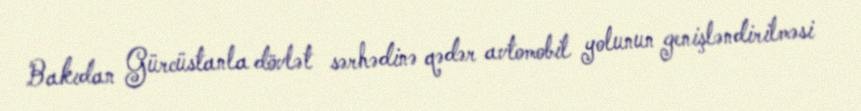
Bakıdan Gürcüstanla dövlət sərhədinə qədər avtomobil yolunun genişləndirilməsi